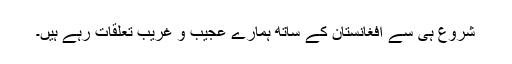
شروع ہی سے افغانستان کے ساتھ ہمارے عجیب و غریب تعلقات رہے ہیںِ۔